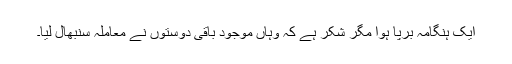
ایک ہنگامہ برپا ہوا مگر شکر ہے کہ وہاں موجود باقی دوستوں نے معاملہ سنبھال لیا۔